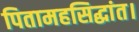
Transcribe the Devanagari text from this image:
पितामहसिद्धांत।